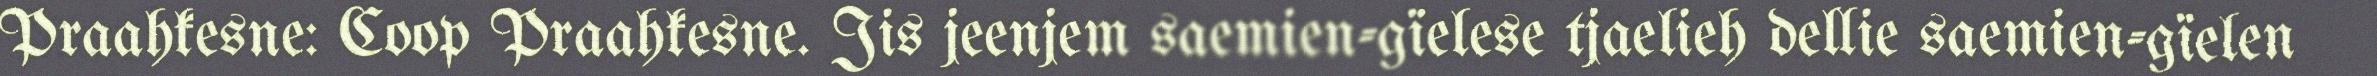
Praahkesne: Coop Praahkesne. Jis jeenjem saemien-gïelese tjaelieh dellie saemien-gïelen